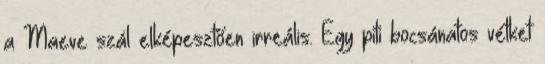
a Maeve szál elképesztően irreális. Egy piti bocsánatos vétket